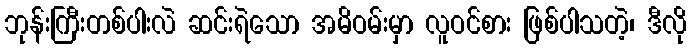
ဘုန်းကြီးတစ်ပါးလဲ ဆင်းရဲသော အမိဝမ်းမှာ လူဝင်စား ဖြစ်ပါသတဲ့၊ ဒီလို